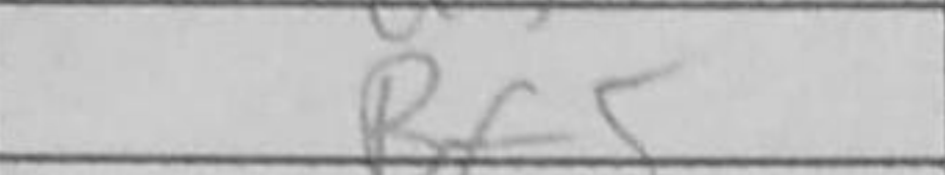
Transcription: Bf5